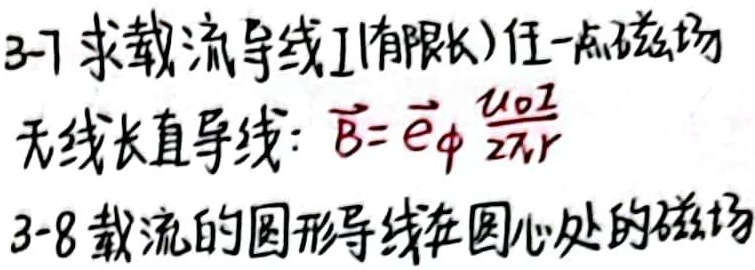
3 - 7 求载流导线\(I\)（有限长）任一点磁场。无限长直导线：\(\vec{B}=\vec{e}_{\phi}\frac{\mu_{0}I}{2\pi r}\)
3 - 8 载流的圆形导线在圆心处的磁场